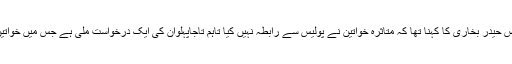
سینئر سپرنٹنڈنٹ پولیس (ایس ایس پی) ریاض حیدر بخاری کا کہنا تھا کہ متاثرہ خواتین نے پولیس سے رابطہ نہیں کیا تاہم تاجاپہلوان کی ایک درخواست ملی ہے جس میں خواتین کے الزامات کو بے بنیاد قرار دیا گیا ہے۔